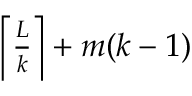
\begin{array} { r } { \left\lceil { \frac { L } { k } } \right\rceil + m ( k - 1 ) } \end{array}